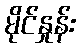
မိုင်နှုန်း